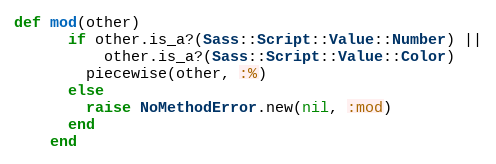
Language: Ruby
def mod(other)
      if other.is_a?(Sass::Script::Value::Number) ||
          other.is_a?(Sass::Script::Value::Color)
        piecewise(other, :%)
      else
        raise NoMethodError.new(nil, :mod)
      end
    end